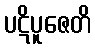
ပဋိပူဇေတိ